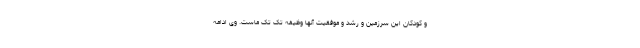
و کودکان این سرزمین و رشد و موفقیت آنها وظيفه تک تک ماست. وی ادامه